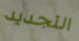
التجديد